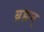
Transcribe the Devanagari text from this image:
ब्रह्यन्‌